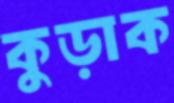
কুড়াক